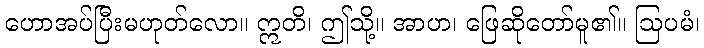
ဟောအပ်ပြီးမဟုတ်လော။ ဣတိ၊ ဤသို့။ အာဟ၊ ဖြေဆိုတော်မူ၏။ ဩပမံ၊